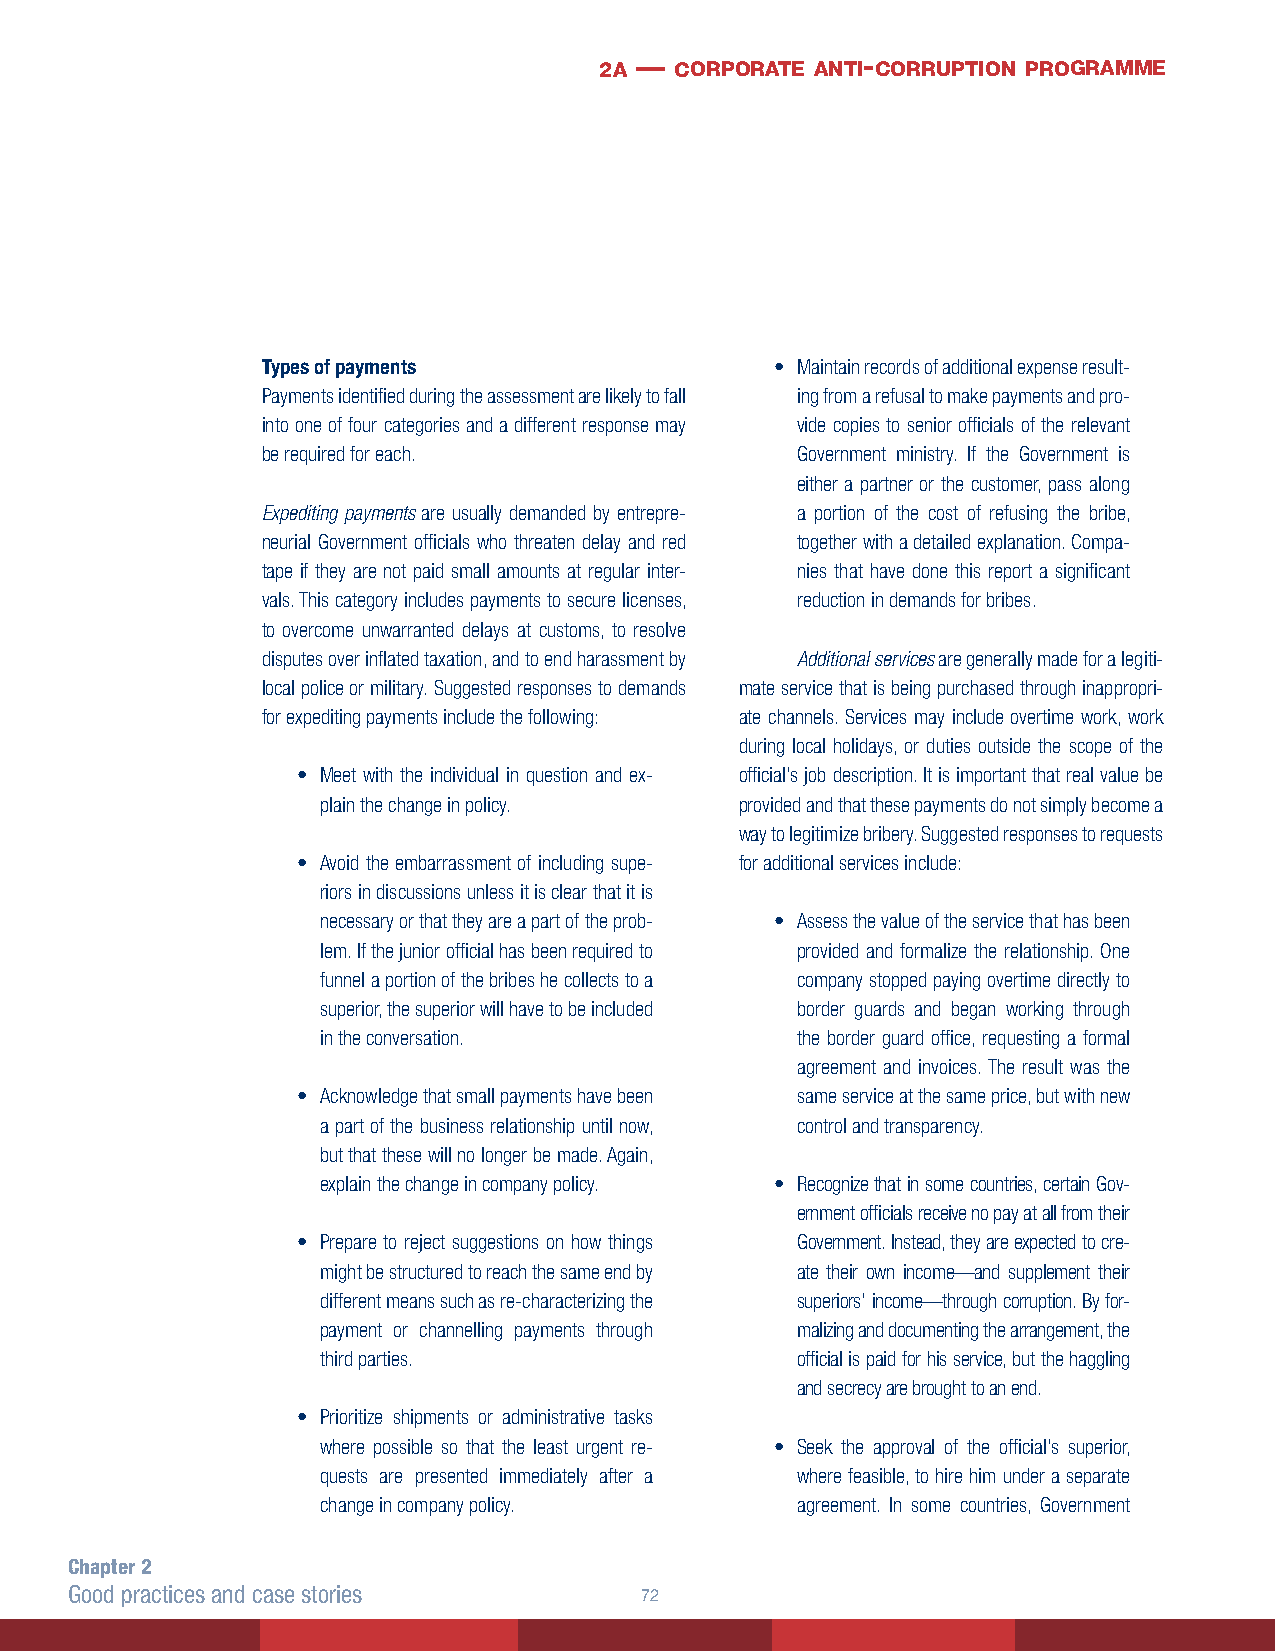
2a — corporate anti- corruption programme
 Types of payments                 • Maintain records of additional expense result-
 Payments identified during the assessment are likely to fall ing from a refusal to make payments and pro-
 into one of four categories and a different response may vide copies to senior officials of the relevant
 be required for each.               Government ministry. If the Government is
 either a partner or the customer, pass along
 Expediting payments are usually demanded by entrepre- a portion of the cost of refusing the bribe,
 neurial Government officials who threaten delay and red together with a detailed explanation. Compa-
 tape if they are not paid small amounts at regular inter- nies that have done this report a significant
 vals. This category includes payments to secure licenses, reduction in demands for bribes.
 to overcome unwarranted delays at customs, to resolve
 disputes over inflated taxation, and to end harassment by Additional services are generally made for a legiti-
 local police or military. Suggested responses to demands mate service that is being purchased through inappropri-
 for expediting payments include the following: ate channels. Services may include overtime work, work
 during local holidays, or duties outside the scope of the
 • Meet with the individual in question and ex- official’s job description. It is important that real value be
 plain the change in policy. provided and that these payments do not simply become a
 way to legitimize bribery. Suggested responses to requests
 • Avoid the embarrassment of including supe- for additional services include:
 riors in discussions unless it is clear that it is
 necessary or that they are a part of the prob- • Assess the value of the service that has been
 lem. If the junior official has been required to provided and formalize the relationship. One
 funnel a portion of the bribes he collects to a company stopped paying overtime directly to
 superior, the superior will have to be included border guards and began working through
 in the conversation.            the border guard office, requesting a formal
 agreement and invoices. The result was the
 • Acknowledge that small payments have been same service at the same price, but with new
 a part of the business relationship until now, control and transparency.
 but that these will no longer be made. Again,
 explain the change in company policy. • Recognize that in some countries, certain Gov-
 ernment officials receive no pay at all from their
 • Prepare to reject suggestions on how things Government. Instead, they are expected to cre-
 might be structured to reach the same end by ate their own income—and supplement their
 different means such as re-characterizing the superiors’ income—through corruption. By for-
 payment or channelling payments through malizing and documenting the arrangement, the
 third parties.                  official is paid for his service, but the haggling
 and secrecy are brought to an end.
 • Prioritize shipments or administrative tasks
 where possible so that the least urgent re- • Seek the approval of the official’s superior,
 quests are presented immediately after a where feasible, to hire him under a separate
 change in company policy.       agreement. In some countries, Government
 Chapter 2
 Good practices and case stories      2